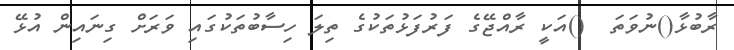
ރާބުޅާ()ނުވަތަ  ()އަކީ ރާއްޖޭގެ ފަރުފަޅުތަކުގެ ތިލަ ހިސާބުތަކުގައި ވަރަށް ގިނައިން އުޅޭ